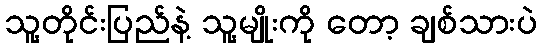
သူ့တိုင်းပြည်နဲ့ သူ့မျိုးကို တော့ ချစ်သားပဲ